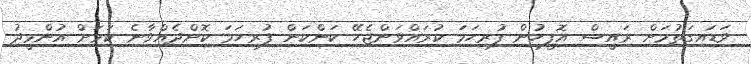
ވަޑައިގަތުމަށް ރައީސް އޮފީހުން ފުރިހަމަ ކުރައްވަންޖެހޭ ކަންކަން ފުރިހަމަ ކޮށްދެއްވާނެ ކަމަށް އުންމީދު